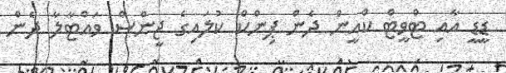
ޑީޑީ އާއި ޓްވީޓް ކްއީން ދެން ޕިންކް ކުލައިގެ ޖީންސް ވައްޓާލާ ދެން